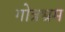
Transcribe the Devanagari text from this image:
गोत्रभ्रम